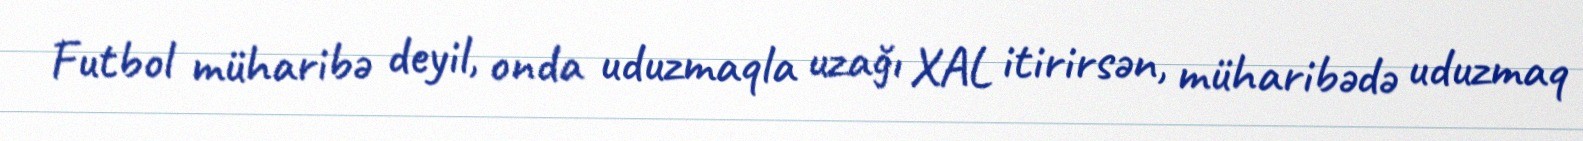
Futbol müharibə deyil, onda uduzmaqla uzağı XAL itirirsən, müharibədə uduzmaq